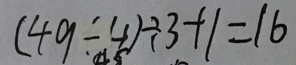
( 4 9 \div 4 ) \div 3 + 1 = 1 6